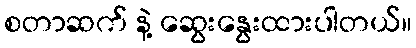
စတာဆက် နဲ့ ဆွေးနွေးထားပါတယ်။